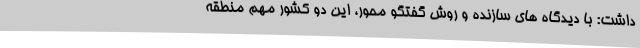
داشت: با دیدگاه های سازنده و روش گفتگو محور، این دو کشور مهم منطقه